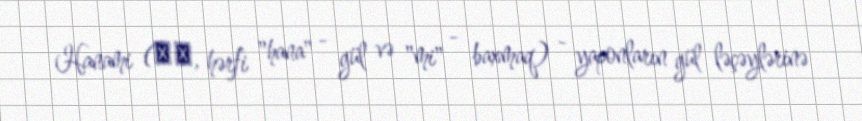
Hanami (花見, hərfi "hana" - gül və "mi" - baxmaq) - yaponların gül ləçəylərinə